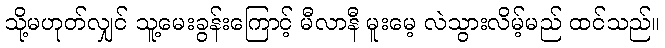
သို့မဟုတ်လျှင် သူ့မေးခွန်းကြောင့် မီလာနီ မူးမေ့ လဲသွားလိမ့်မည် ထင်သည်။